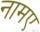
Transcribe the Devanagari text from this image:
नामए